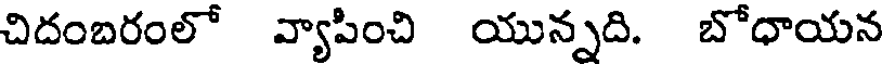
చిదంబరంలో వ్యాపించి యున్నది. బోధాయన